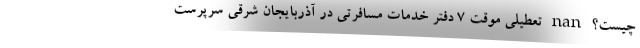
چیست؟ nan تعطیلی موقت 7 دفتر خدمات مسافرتی در آذربایجان شرقی سرپرست